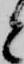
と